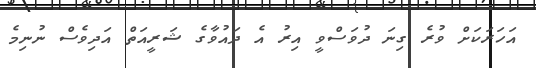
އަހަރަކަށް ވުރެ ގިނަ ދުވަސްވީ އިރު އެ ދައުވާގެ ޝަރީއަތް އަދިވެސް ނުނިމެ